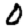
Digit: 0